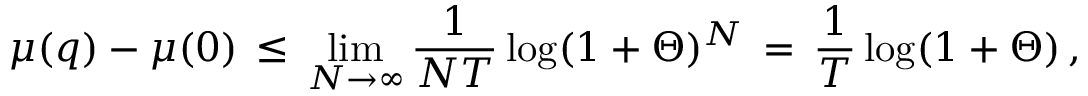
\mu ( q ) - \mu ( 0 ) \, \leq \, \operatorname * { l i m } _ { N \rightarrow \infty } { \frac { 1 } { N T } } \log ( 1 + \Theta ) ^ { N } \, = \, { \frac { 1 } { T } } \log ( 1 + \Theta ) \, ,